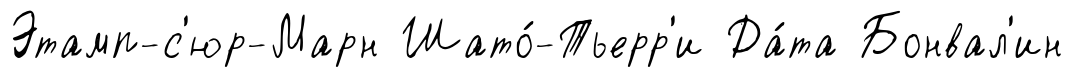
Этамп-с'юр-Марн Шато́-Тьерр'и Да́та Бонвал'ин